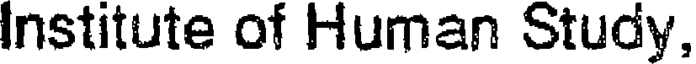
Institute of Human Study,